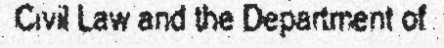
Civil Law and the Department of